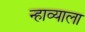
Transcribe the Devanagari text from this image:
न्हाव्याला